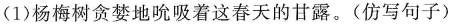
(1)杨梅树贪婪地吮吸着这春天的甘露。(仿写句子)